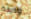
ودرجة